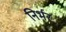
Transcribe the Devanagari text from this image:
निर्भर